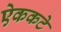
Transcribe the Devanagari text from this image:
ऐककटे